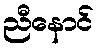
ညီနောင်